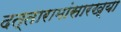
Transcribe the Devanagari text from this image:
दत्तारामांसारख्या